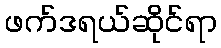
ဖက်ဒရယ်ဆိုင်ရာ